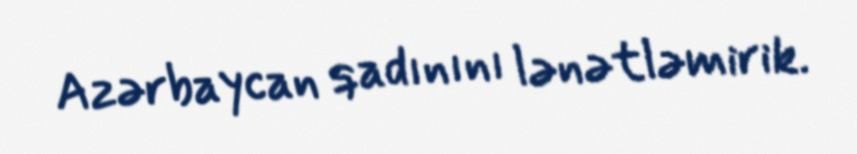
Azərbaycan qadınını lənətləmirik.